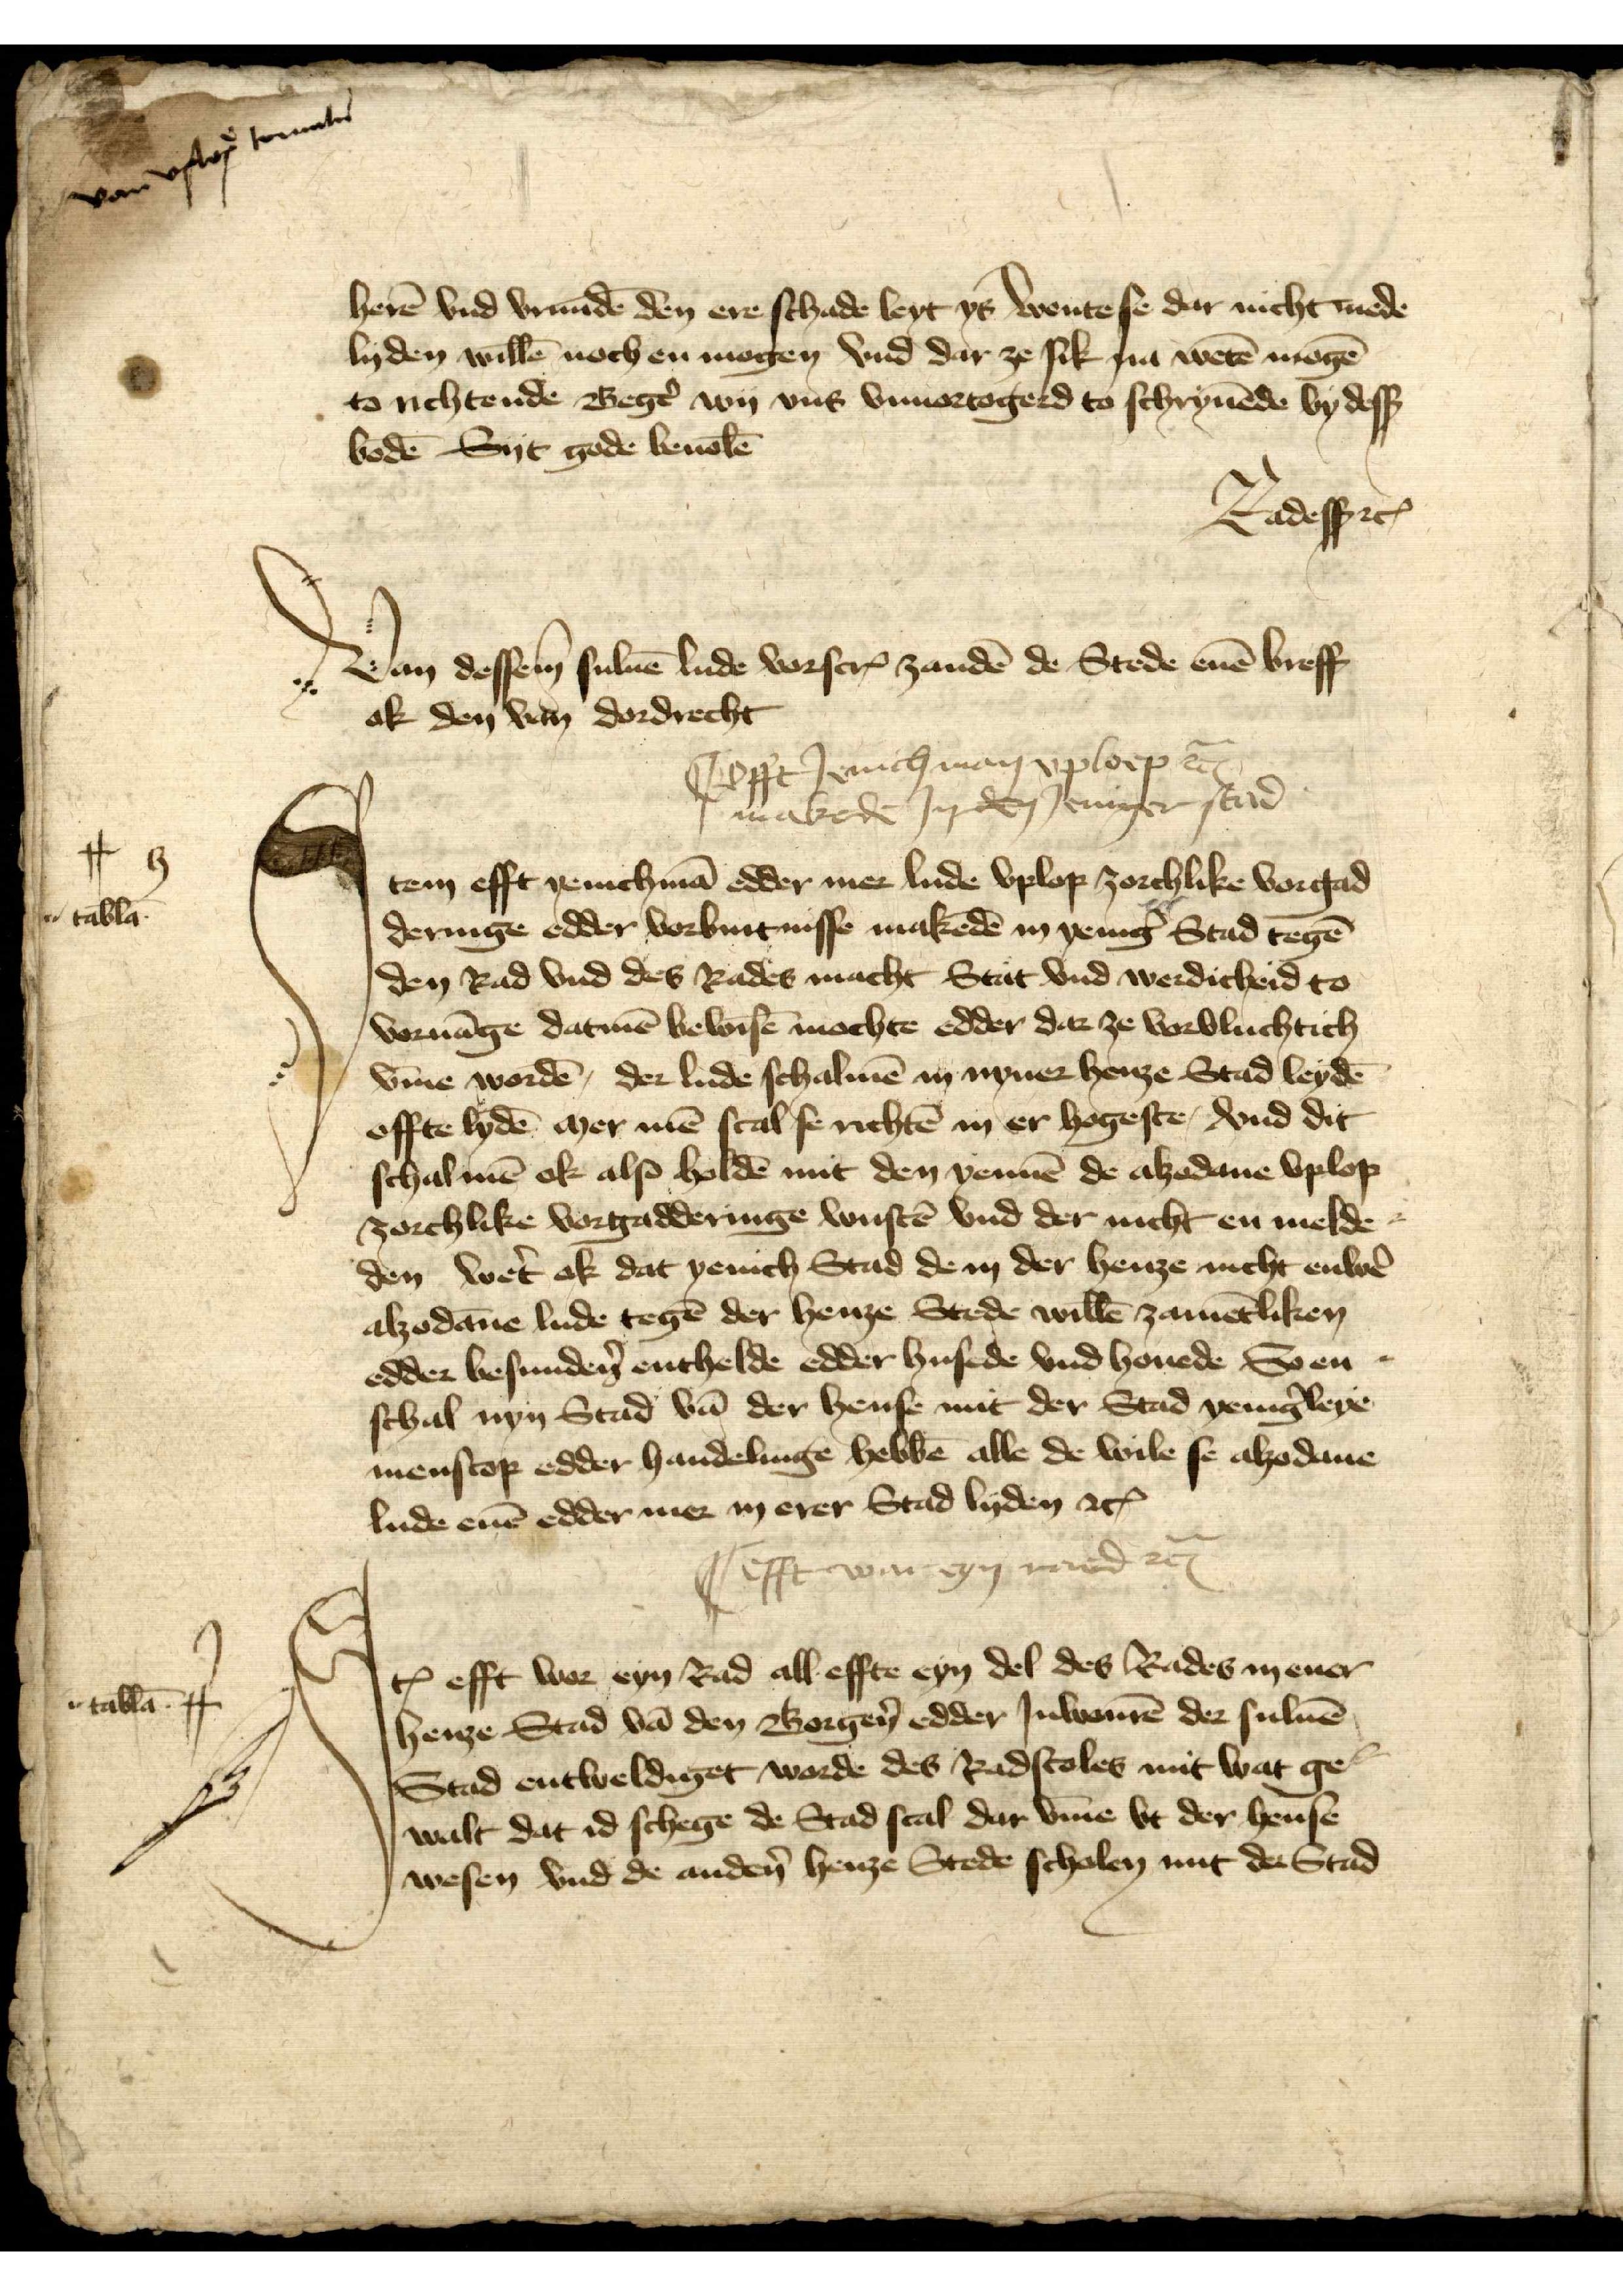
herē vnd vrundē den ere schade leyt ys Wente se dar nicht mede
lyden willē noch en mogen vnd dar ze sik na wetē mogē
to richtende Begẻ wy vns vnuortogerd to schryuēde by desß
bodē Syt gode bevolē
Radesß etꝬ

Van dessem suluē lude vorscrꝬ zandē de Stede enē breff
ok den van Dordrecht

Iꝷ fft Ienich man vploep e
makede In den Ieniger Stad

Jtem efft yenichmā edder mer lude vplop zorchlike vorgad¬
dernige edder vorbintnisse makedē in yenig̉ Stad tegē
den Rad vnd des Rades macht Stat vnd werdicheid to
voruāgen datmē bewisē mochte edder dar ze vorvluchtich
v̄me wordē, der lude schalmē in nyner henze Stad leydē
offte lydē mer mē scal se richtē in er hogeste, vnd dit
schal mē ok also holdē mit den yennē de alzodane vplop
zorchlike vorgadderinge wustē vnd der nicht en melde¬
den wet̉ ok dat yenich Stad dem der henze nicht enwẻ
alzodāne lude tegē der henze Stede willē zamētliken
edder besundẻn enthelde edder husede vnd houede So en¬
schal nyn Stad vā der hense mit der Stad yenig̉leye
menscop edder handelinge hebbē alle de wile se alzo dane
lude enē edder mer in erer Stad lyden etꝬ

C efft war eyn raed etꝬ

Jꝷ eff wor eyn Rad all effte eyn de des Rades mener
henze Stadt vā den Borgẻn edder Iuwenrē der suluē
Stad entweldiget worde des Radstoles mit wat ge¬
walt dat id schege de Stad scal dar v̄me vt der hense
wesen vnd de andẻn henze Stede scholen mit der Stad

h

tab̄la

i

tab̄la